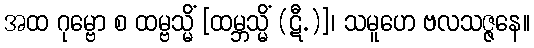
အထ ဂုမ္ဗော စ ထမ္ဗသ္မိံ [ထမ္ဘသ္မိံ (ဋီ.)]၊ သမူဟေ ဗလသဇ္ဇနေ။